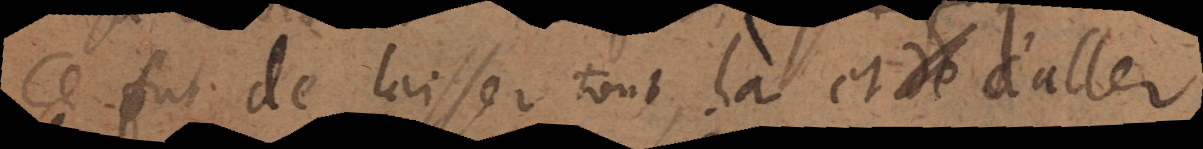
Ce fut de laisser tout là et de d’aller